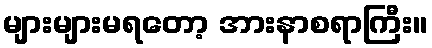
များများမရတော့ အားနာစရာကြီး။